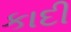
કાદી